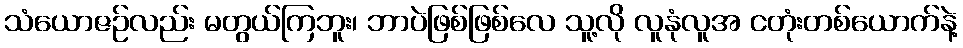
သံယောဇဉ်လည်း မတွယ်ကြဘူး၊ ဘာပဲဖြစ်ဖြစ်လေ သူ့လို လူနုံလူအ ငတုံးတစ်ယောက်နဲ့